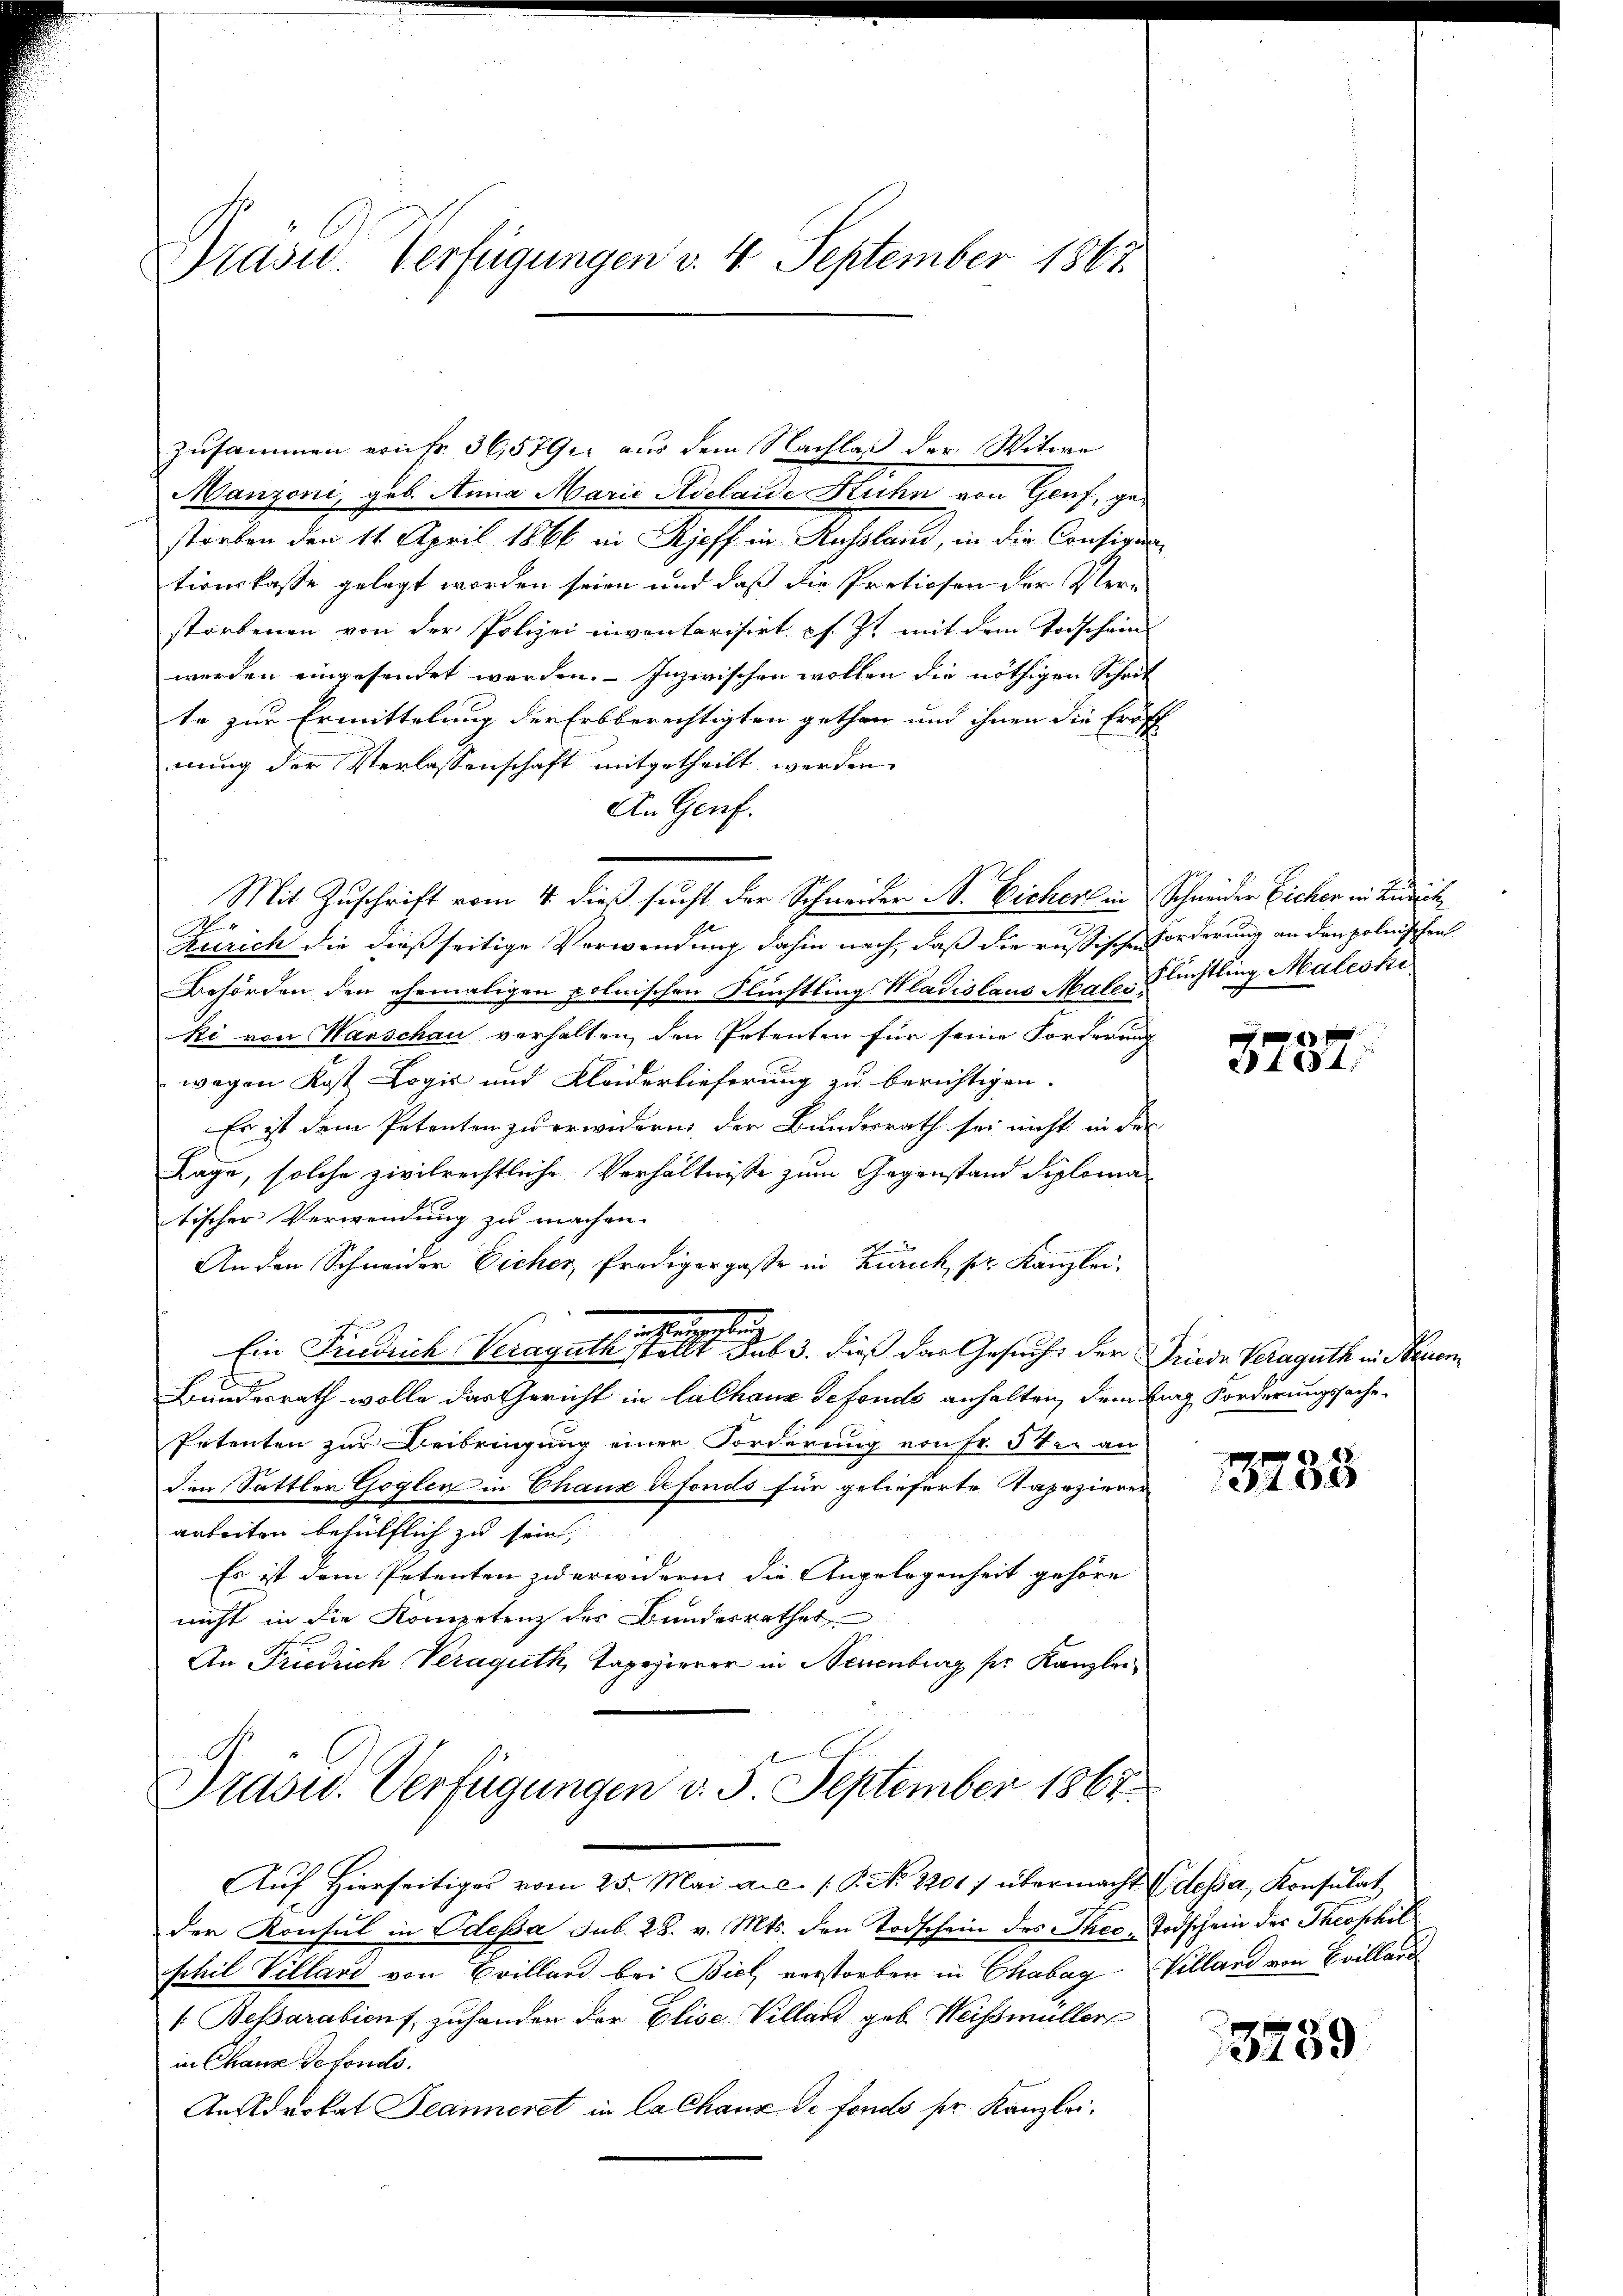
Präsid. Verfügungen v. 4. September 1867

zusammen von fr. 36,5791. aus dem Nachlaß der Witwe
Manzoni, geb. Anna Marie Adelaide Kuhn von Genf, gestorben den 11. April 1866 in Rieff in Russland, in die Consigentionskasse gelegt worden seien und daß die Protiosen der Verstorbenen von der Polizei inventarisirt s. Zt. mit dem Todschein
werden eingesendet werden. Inzwischen wollen die nöthigen Schrit
te zur Ermittelung der Erbberechtigten gethan und ihnen die Eröff
nung der Verlassenschaft mitgetheilt werden
An Genf.
h
Ririch die dießseitige Verwendung dahin nach, daß die russischen Forderung an den polnischen
Behörden den ehemaligen polnischen Flüchtling Wladislaus Maler Flüchtling Maleski
ki von Warschau verhalten, den Petenten für seine Forderung
wegen Kost Logić und Kleiderlieferung zu berichtigen.
Es ist dem Petenten zu erwidern, der Bundesrath sei nicht in der
Lage, solche zivilrechtliche Verhältnisse zum Gegenstand diploma
tischer Verwendung zu machen.
An den Schneider Eicher Predigergaße in Zürich, pr. Kanzlei¬
.
Ein Friedrich Veraguth              3. dieß der Gesucht der Friede Veraguth in Neuen
Bundesrath wolle das Gericht in lalhaus defende anhalten, dem Ling Forderungssache
Petenten zur Beibringung einer Forderung von Fr. 5 ten an
den Sattler Goglen in Chaux defonds für gelieferte Tapezierer
arbeiten behülflich zu sein,
Es ist dem Petenten zu erwidern die Angelegenheit gehöre
nicht in die Kompetenz des Bundesrathes
An Friedrich Veraguth, Tapezierer in Neuenburg ser Kanzler,

Mit Zuschrift vom 4. dieß sucht der Schweider B. Eicher in Schneider Eichen in Badisch

Präsid.. Verfügungen d. 5. September 1867.

Aŭf Hierseitiges vom 25. Mai a.c. / P. No. 2201) übermacht dessa, Konsulat
den Konsul in Odessa sub. 28. v. Mts. den Todschein des Theo, Todschein der Theophil
phil Villard von Crilland bei Biel, verstorben in Chabag
1. Besarabiens, zuhanden der Elise Villard geb. Weissmüller
in Chaus defonds.
Ansederkat Jeanneret in la Chaux de fonds sr. Kanzlei.

3737.

3233

Villand von Brilland

3259